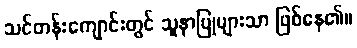
သင်တန်းကျောင်းတွင် သူနာပြုများသာ ဖြစ်နေ၏။